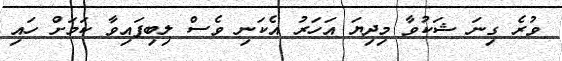
ވުރެ ގިނަ ޝަކުވާ މިދިޔަ އަހަރު އެކަނި ވެސް ލިބިފައިވާ ކަމަށް ހައި